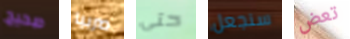
صحيح صربيا حتى سنجعل تعض